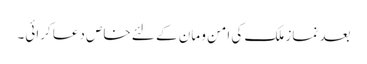
بعد نماز ملک کی امن و مان کے لئے خاص دعا کرائی۔